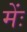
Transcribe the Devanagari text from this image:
मेंः